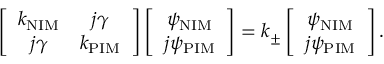
\left[ \begin{array} { c c } { k _ { \mathrm { N I M } } } & { j \gamma } \\ { j \gamma } & { k _ { \mathrm { P I M } } } \end{array} \right] \left[ \begin{array} { c c } { \psi _ { \mathrm { N I M } } } \\ { j \psi _ { \mathrm { P I M } } } \end{array} \right] = k _ { \pm } \left[ \begin{array} { c c } { \psi _ { \mathrm { N I M } } } \\ { j \psi _ { \mathrm { P I M } } } \end{array} \right] .